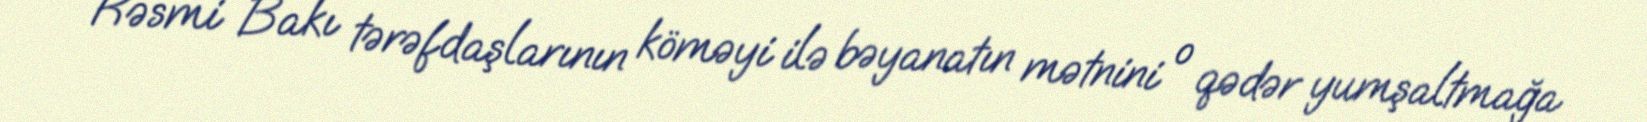
Rəsmi Bakı tərəfdaşlarının köməyi ilə bəyanatın mətnini o qədər yumşaltmağa